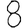
Digit: 8